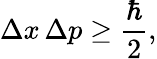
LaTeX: \Delta x\, \Delta p\geq{\frac{\hbar}{2}},